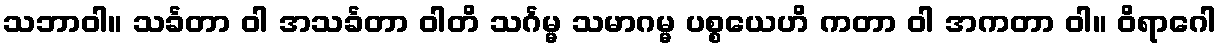
သဘာဝါ။ သင်္ခတာ ဝါ အသင်္ခတာ ဝါတိ သင်္ဂမ္မ သမာဂမ္မ ပစ္စယေဟိ ကတာ ဝါ အကတာ ဝါ။ ဝိရာဂေါ